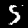
Label: 5